Indian journal of veterinary science and animal husbandry - Volume 1,
Year: 1931
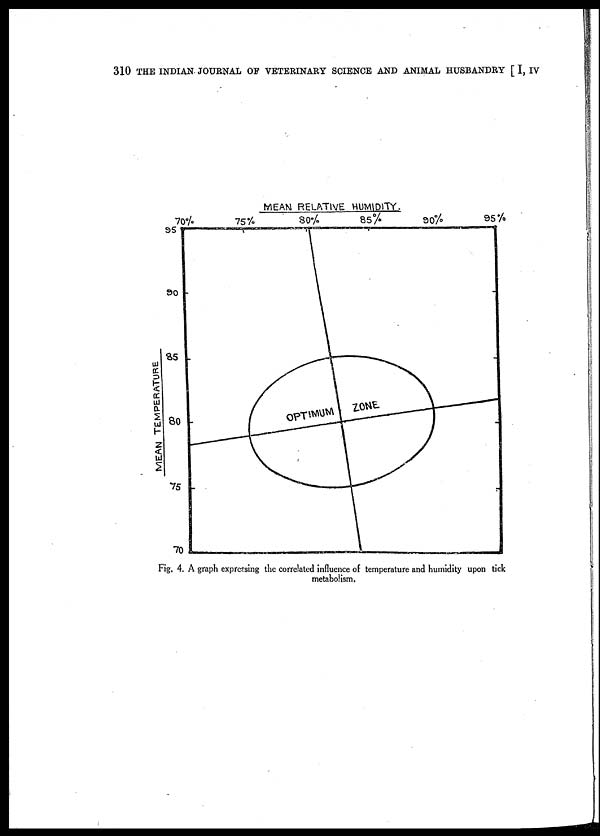
310 THE INDIAN JOURNAL OF VETERINARY SCIENCE AND ANIMAL HUSBANDRY [ I, IV
Fig. 4. A graph expressing the correlated influence of temperature and humidity upon tick
metabolism.